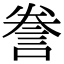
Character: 誊